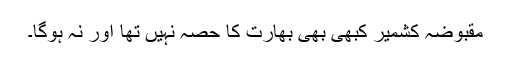
مقبوضہ کشمیر کبھی بھی بھارت کا حصہ نہیں تھا اور نہ ہوگا۔